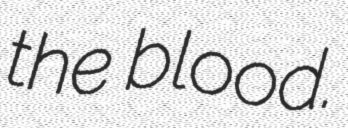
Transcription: the blood.